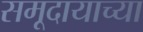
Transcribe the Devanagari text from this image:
समूदायाच्या